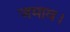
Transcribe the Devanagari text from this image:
जमाव।